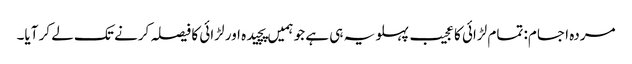
مردہ اجسام: تمام لڑائی کا عجیب پہلو یہ ہی ہے جو ہمیں پچیدہ اور لڑائی کا فیصلہ کرنے تک لے کر آیا۔